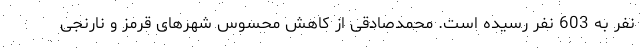
نفر به 603 نفر رسیده است. محمدصادقی از کاهش محسوس شهرهای قرمز و نارنجی